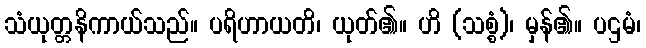
သံယုတ္တနိကာယ်သည်။ ပရိဟာယတိ၊ ယုတ်၏။ ဟိ (သစ္စံ)၊ မှန်၏။ ပဌမံ၊